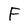
Character: F